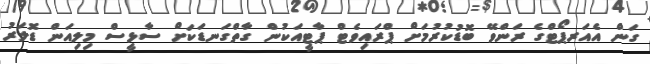
ގަން އެއަރޕޯޓްގެ ރަންވޭ ބޮޑުކުރުމަށް ޕްރައިވެޓް ޕާޓީއަކުން ގާތްގަނޑަކަށް ސާޅީސް މިލިއަން ޑޮލަރު